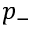
p _ { - }